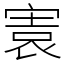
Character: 㝨